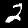
Label: 2